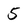
Character: 5